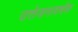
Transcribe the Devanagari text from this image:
उत्तेजनावर्धक